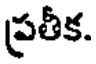
ప్రతీక.